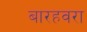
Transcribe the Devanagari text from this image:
बारहवरा